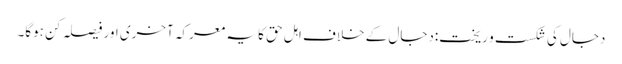
دجال کی شکست و ریخت:دجال کے خلاف اہل حق کا یہ معرکہ آخری اور فیصلہ کن ہوگا۔